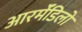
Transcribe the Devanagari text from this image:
आरर्मॅडिलो